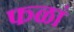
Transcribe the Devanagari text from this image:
फळां